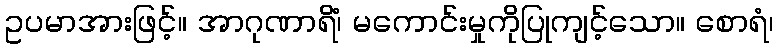
ဥပမာအားဖြင့်။ အာဂုဏာရိံ၊ မကောင်းမှုကိုပြုကျင့်သော။ စောရံ၊